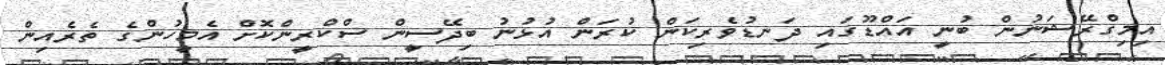
އިމިގްރޭޝަނުން ބުނީ އައްޑޫގައި ދަނޑުުވެރިކަން ކުރަން އުޅުނު ބިދޭސީން ސްކްރީންކޮށް އެމީހުންގެ ތެރެއިން